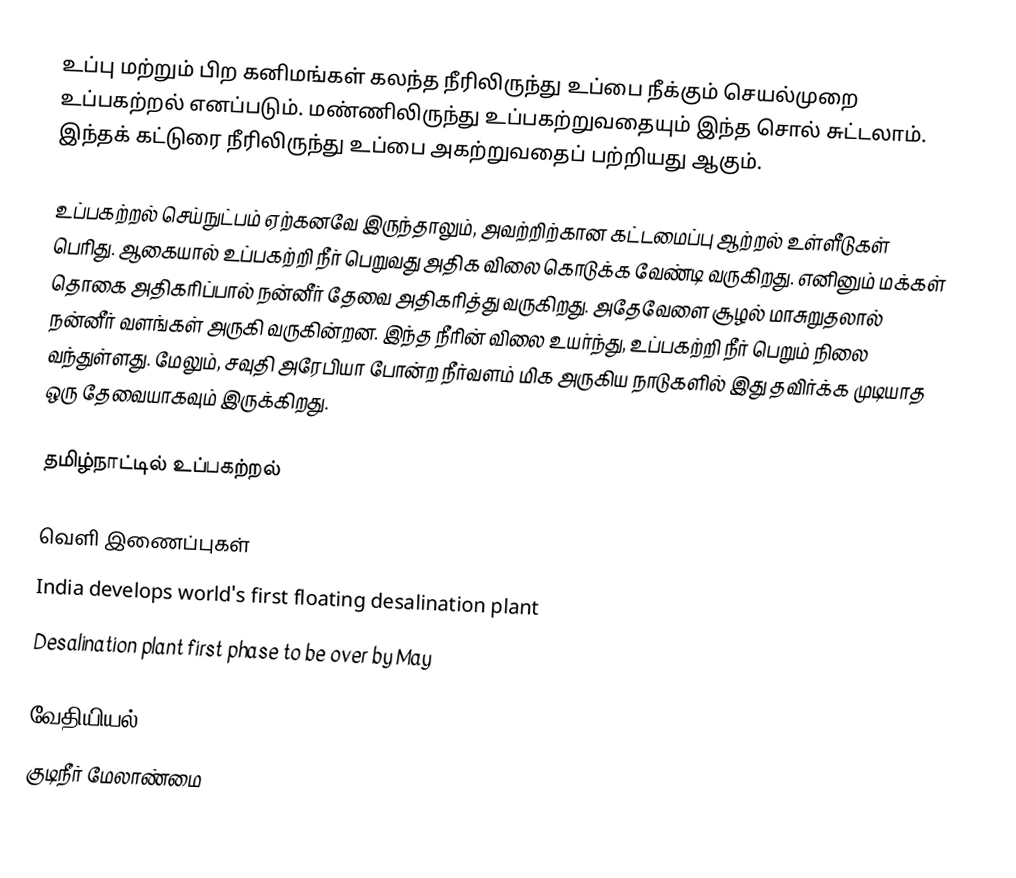
உப்பு மற்றும் பிற கனிமங்கள் கலந்த நீரிலிருந்து உப்பை நீக்கும் செயல்முறை உப்பகற்றல் எனப்படும். மண்ணிலிருந்து உப்பகற்றுவதையும் இந்த சொல் சுட்டலாம். இந்தக் கட்டுரை நீரிலிருந்து உப்பை அகற்றுவதைப் பற்றியது ஆகும்.

உப்பகற்றல் செய்நுட்பம் ஏற்கனவே இருந்தாலும், அவற்றிற்கான கட்டமைப்பு ஆற்றல் உள்ளீடுகள் பெரிது. ஆகையால் உப்பகற்றி நீர் பெறுவது அதிக விலை கொடுக்க வேண்டி வருகிறது. எனினும் மக்கள் தொகை அதிகரிப்பால் நன்னீர் தேவை அதிகரித்து வருகிறது. அதேவேளை சூழல் மாசுறுதலால் நன்னீர் வளங்கள் அருகி வருகின்றன. இந்த நீரின் விலை உயர்ந்து, உப்பகற்றி நீர் பெறும் நிலை வந்துள்ளது. மேலும், சவுதி அரேபியா போன்ற நீர்வளம் மிக அருகிய நாடுகளில் இது தவிர்க்க முடியாத ஒரு தேவையாகவும் இருக்கிறது.

தமிழ்நாட்டில் உப்பகற்றல்

வெளி இணைப்புகள்
 India develops world's first floating desalination plant
 Desalination plant first phase to be over by May

வேதியியல்
குடிநீர் மேலாண்மை